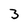
Character: 3